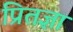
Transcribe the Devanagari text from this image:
प्रितज्ञा